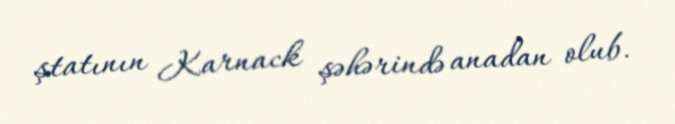
ştatının Karnack şəhərində anadan olub.